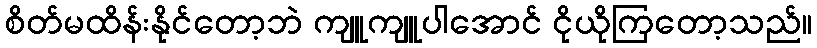
စိတ်မထိန်းနိုင်တော့ဘဲ ကျူကျူပါအောင် ငိုယိုကြတော့သည်။